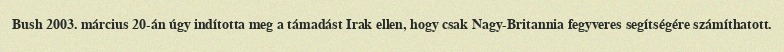
Bush 2003. március 20-án úgy indította meg a támadást Irak ellen, hogy csak Nagy-Britannia fegyveres segítségére számíthatott.